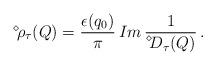
LaTeX: \begin{align*}\displaystyle{ \raisebox{0.9ex}{\scriptsize{$\diamond$}}} \mbox{\hspace{-0.33ex}} \rho_\tau (Q) = \frac{\epsilon (q_0)}{\pi} \, Im \, \frac{1}{\displaystyle{ \raisebox{1.1ex}{\scriptsize{$\diamond$}}} \mbox{\hspace{-0.33ex}} D_\tau (Q)} \, . \end{align*}